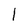
Character: I